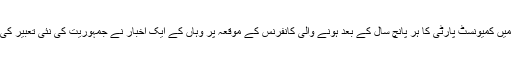
چین میں کمیونسٹ پارٹی کا ہر پانچ سال کے بعد ہونے والی کانفرنس کے موقعہ پر وہاں کے ایک اخبار نے جمہوریت کی نئی تعبیر کی ہے۔